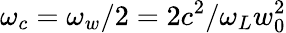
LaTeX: \omega_{c}=\omega_{w}/2=2c^{2}/\omega_{L}w_{0}^{2}